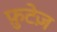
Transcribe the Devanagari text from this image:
फ़ुटेज़